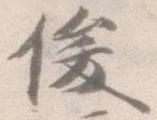
俊